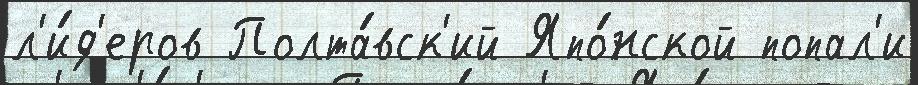
л'и́д'еров Полта́вск'ий Япо́нской попал'и